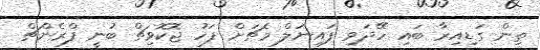
ތިން ގަޑިއިރާ ބައި ހޭދަވި ފައިނަލް މެޗަށް ފަހު ޖޮކޮވިޗް ބުނީ ފްރެންޗް